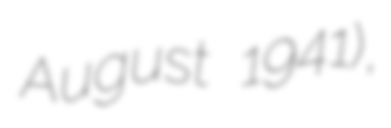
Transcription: August 1941),